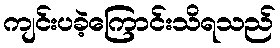
ကျင်းပခဲ့ကြောင်းသိရသည်